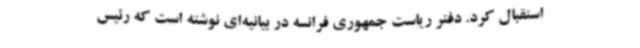
استقبال کرد. دفتر ریاست جمهوری فرانسه در بیانیه‌ای نوشته است که رئیس